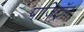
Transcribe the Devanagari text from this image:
पाज़िट्रॉन